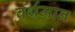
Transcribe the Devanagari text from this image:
वर्थमान